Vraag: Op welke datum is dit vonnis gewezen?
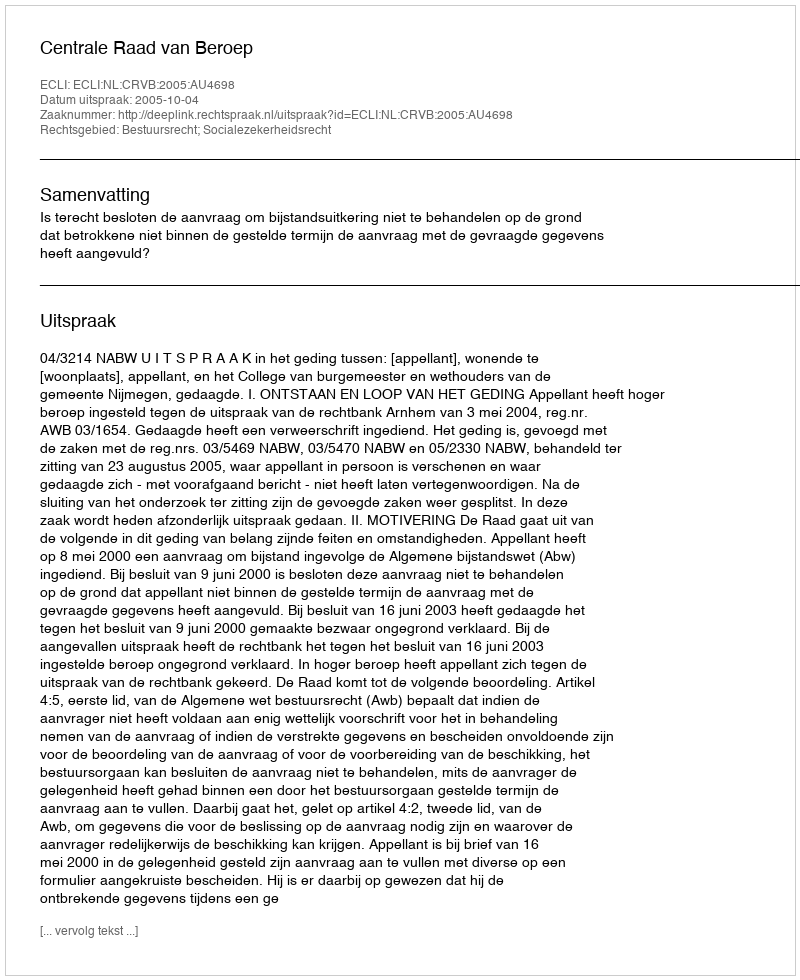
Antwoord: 2005-10-04